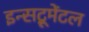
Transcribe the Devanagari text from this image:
इन्सट्रूमेंटल